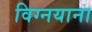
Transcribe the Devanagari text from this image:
विग्नयाना